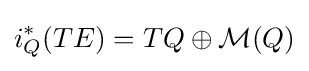
i_{Q}^{\ast }(TE)=TQ\oplus {\mathcal {M}}(Q)